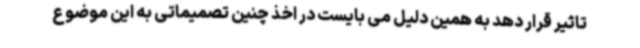
تاثیر قرار دهد به همین دلیل می بایست در اخذ چنین تصمیماتی به این موضوع